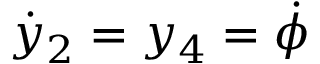
\dot { y } _ { 2 } = y _ { 4 } = \dot { \phi }